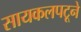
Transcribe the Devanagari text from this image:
सायकलपटूने